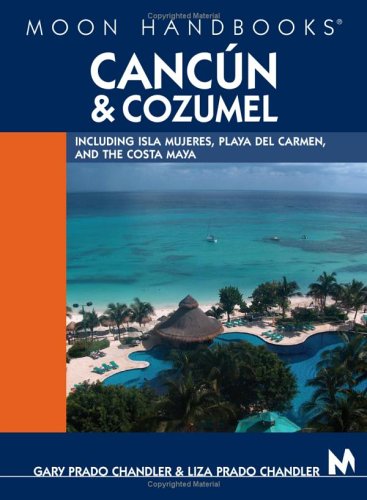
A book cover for Moon Handbooks Cancun and Cozumel: Including Isla Mujeres, Playa del Carmen, and the Costa Maya; Gary Prado Chandler; Travel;